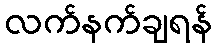
လက်နက်ချရန်